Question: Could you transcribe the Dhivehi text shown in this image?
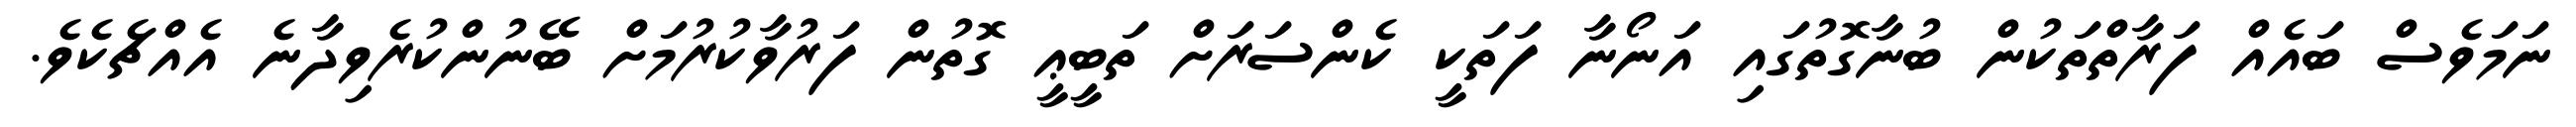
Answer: ނަމަވެސް ބައެއް ފަރާތްތަކުން ބުނާގޮތުގައި އަނޯނާ ފަތަކީ ކެންސަރަށް ތަބީޢީ ގޮތުން ފަރުވާކުރުމަށް ބޭނުންކުރެވިދާނެ އެއްޗެކެވެ.